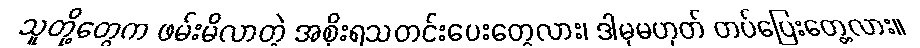
သူတို့တွေက ဖမ်းမိလာတဲ့ အစိုးရသတင်းပေးတွေလား၊ ဒါမှမဟုတ် တပ်ပြေးတွေ့လား။